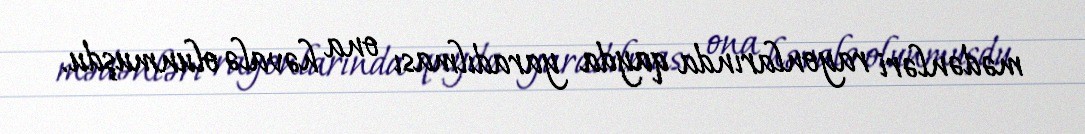
mədənləri rayonlarında qayda yaradılması ona həvalə olunmuşdu.